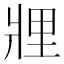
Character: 𤖃